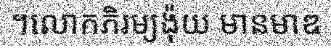
។លោកភិរម្យង៉ុយ មានមាឌ